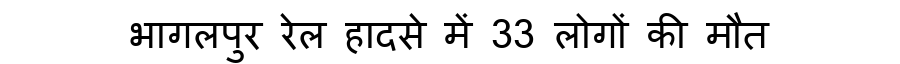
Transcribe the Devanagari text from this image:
भागलपुर रेल हादसे में 33 लोगों की मौत